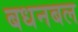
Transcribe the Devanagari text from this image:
बधनबल